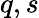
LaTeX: q,s